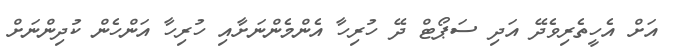
އަށް އެހީތެރިވެދޭ އަދި ސަޕޯޓް ދޭ ހުރިހާ އެންމެންނަށާއި ހުރިހާ އަންހެން ކުދިންނަށް